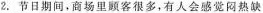
2.节日期间，商场里顾客很多，有人会感觉闷热缺氧，则此时测定出氧气的体积分数可能是()A.1% B.19%C.25% D.78%